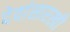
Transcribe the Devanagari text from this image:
देवांसारखी